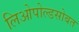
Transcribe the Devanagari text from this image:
लिओपोल्डसोबत